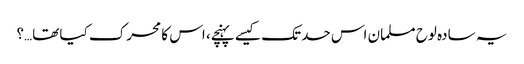
یہ سادہ لوح مسلمان اس حد تک کیسے پہنچے، اس کا محرک کیا تھا…؟